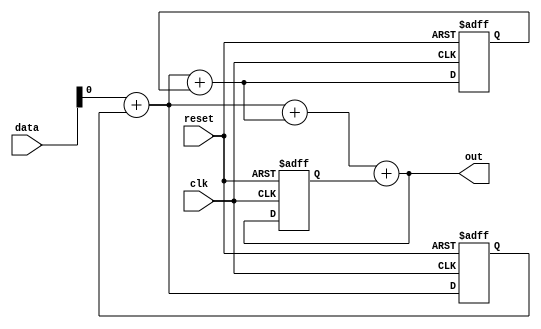
// Q1: Design a datapath with three 8 bit accumulators. The first accumulator, acc1, adds a 4 bit input data in acc1 in every clock cycle. The second accumulator, acc2, adds the first accumulator in itself, and the third accumulator, acc3, adds the first and second accumulators in itself in every clock cycle. Each accumulator has an asynchronous reset. Draw the RTL level diagram and code the design in RTL Verilog.

module Question1(data,
                 clk,
                 reset,
                 out);
    input [3:0]data;
    input clk, reset;
    output [7:0]out;
    wire sum1, sum2;
    reg [7:0]acc1, acc2, acc3;
    
    assign sum1 = data + acc1;
    assign sum2 = sum1 + acc2;
    assign out  = sum1 + sum2 + acc3;
    always@(posedge clk, negedge reset)
    begin
        if (reset == 0)
        begin
            acc1 <= 0;
            acc2 <= 0;
            acc3 <= 0;
        end
        else
        begin
            acc1 <= sum1;
            acc2 <= sum2;
            acc3 <= out;
        end
    end
    
endmodule